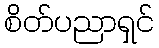
စိတ်ပညာရှင်